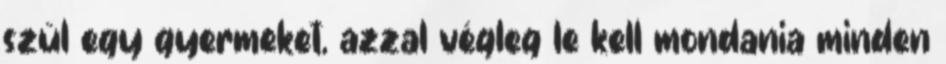
szül egy gyermeket, azzal végleg le kell mondania minden